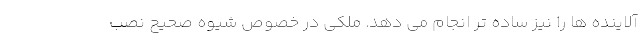
آلاینده ها را نیز ساده تر انجام می دهد. ملکی در خصوص شیوه صحیح نصب